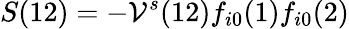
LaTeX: S(12)=-\mathcal{V}^{s}(12)f_{i0}(1)f_{i0}(2)